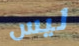
ليس